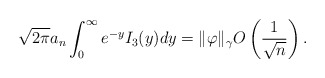
\begin{align*}\sqrt{2\pi} a_n \int_0^{\infty} e^{- y} I_3(y) dy = \|\varphi\|_{\gamma} O \left( \frac{1}{\sqrt{n}} \right). \end{align*}